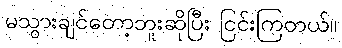
မသွားချင်တော့ဘူးဆိုပြီး ငြင်းကြတယ်။